Report on the nature of kala-azar
Disease focus: Kala-Azar
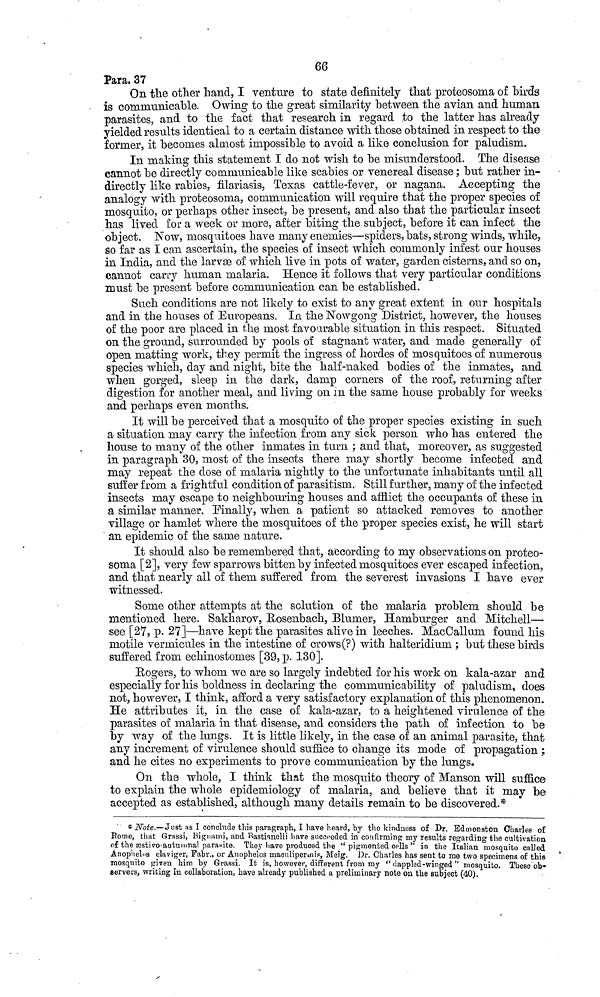
66
Para. 37
On the other hand, I venture to state definitely that proteosoma of birds
is communicable. Owing to the great similarity between the avian and human
parasites, and to the fact that research in regard to the latter has already
yielded results identical to a certain distance with those obtained in respect to the
former, it becomes almost impossible to avoid a like conclusion for paludism.
In making this statement I do not wish to be misunderstood. The disease
cannot be directly communicable like scabies or venereal disease ; but rather in-
directly like rabies, filariasis, Texas cattle-fever, or nagana. Accepting the
analogy with proteosoma, communication will require that the proper species of
mosquito, or perhaps other insect, be present, and also that the particular insect
has lived for a week or more, after biting the subject, before it can infect the
object. Now, mosquitoes have many enemies—spiders, bats, strong winds, while,
so far as I can ascertain, the species of insect which commonly infest our houses
in India, and the larvæ of which live in pots of water, garden cisterns, and so on,
cannot carry human malaria. Hence it follows that very particular conditions
must be present before communication can be established.
Such conditions are not likely to exist to any great extent in our hospitals
and in the houses of Europeans. In the Nowgong District, however, the houses
of the poor are placed in the most favourable situation in this respect. Situated
on the ground, surrounded by pools of stagnant water, and made generally of
open matting work, they permit the ingress of hordes of mosquitoes of numerous
species which, day and night, bite the half-naked bodies of the inmates, and
when gorged, sleep in the dark, damp corners of the roof, returning after
digestion for another meal, and living on in the same house probably for weeks
and perhaps even months.
It will be perceived that a mosquito of the proper species existing in such
a situation may carry the infection from any sick person who has entered the
house to many of the other inmates in turn ; and that, moreover, as suggested
in paragraph 30, most of the insects there may shortly become infected and
may repeat the dose of malaria nightly to the unfortunate inhabitants until all
suffer from a frightful condition of parasitism. Still further, many of the infected
insects may escape to neighbouring houses and afflict the occupants of these in
a similar manner. Finally, when a patient so attacked removes to another
village or hamlet where the mosquitoes of the proper species exist, he will start
an epidemic of the same nature.
It should also be remembered that, according to my observations on proteo-
soma [2], very few sparrows bitten by infected mosquitoes ever escaped infection,
and that nearly all of them suffered from the severest invasions I have ever
witnessed.
Some other attempts at the solution of the malaria problem should be
mentioned here. Sakharov, Rosenbach, Blumer, Hamburger and Mitchell—
see [27, p. 27]—have kept the parasites alive in leeches. MacCallum found his
motile vermicules in the intestine of crows(?) with halteridium ; but these birds
suffered from echinostomes [39, p. 130].
Rogers, to whom we are so largely indebted for his work on kala-azar and
especially for his boldness in declaring the communicability of paludism, does
not, however, I think, afford a very satisfactory explanation of this phenomenon.
He attributes it, in the case of kala-azar, to a heightened virulence of the
parasites of malaria in that disease, and considers the path of infection to be
by way of the lungs. It is little likely, in the case of an animal parasite, that
any increment of virulence should suffice to change its mode of propagation ;
and he cites no experiments to prove communication by the lungs.
On the whole, I think that the mosquito theory of Manson will suffice
to explain the whole epidemiology of malaria, and believe that it may be
accepted as established, although many details remain to be discovered.*
* Note.— Just as I conclude this paragraph, I have heard, by the kindness of Dr. Edmonston Charles of
Pome, that Grassi, Bignami, and Bastianelli have succeeded in confirming my results regarding the cultivation
of the æstivo-autumnal parasite. They have produced the " pigmented cells " in the Italian mosquito called
Anophelos claviger, Fabr., or Anophelos maculipermis, Meig. Dr. Charles has sent to me two specimens of this
mosquito given him by Grassi. It is, however, different from my " dappled-winged " mosquito. These ob-
servers, writing in collaboration, have already published a preliminary note on the subject (40).